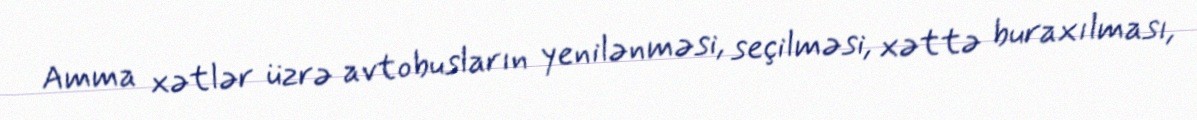
Amma xətlər üzrə avtobusların yenilənməsi, seçilməsi, xəttə buraxılması,